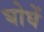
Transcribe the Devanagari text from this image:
घोघें